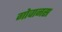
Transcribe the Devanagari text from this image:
गोवानस